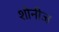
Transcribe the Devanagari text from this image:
शोनीज